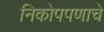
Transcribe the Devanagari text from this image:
निकोपपणाचे